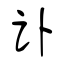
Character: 讣